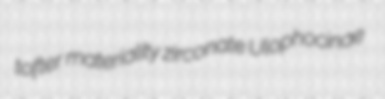
tofter materiality zirconate Ulophocinae